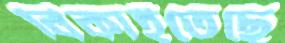
বিকাইতেছে